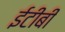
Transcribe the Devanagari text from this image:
ईटीबी